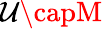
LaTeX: \mathcal{U}\capM